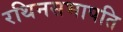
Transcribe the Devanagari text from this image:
रथिनसभापति